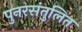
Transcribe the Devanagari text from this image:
पुनरसंतुलित